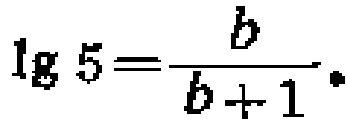
\(\lg 5=\frac{b}{b + 1}\)